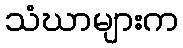
သံဃာများက